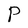
Character: P